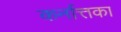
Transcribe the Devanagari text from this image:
कर्नात्तका